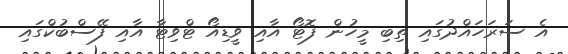
އެ ސަރަަހައްދުގައި ތިބި މީހުން ފޮޓޯ އާއި ވީޑިއޯ ޓްވިޓާ އާއި ފޭސްބުކްގައި